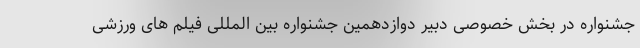
جشنواره در بخش خصوصی دبیر دوازدهمین جشنواره بین المللی فیلم های ورزشی